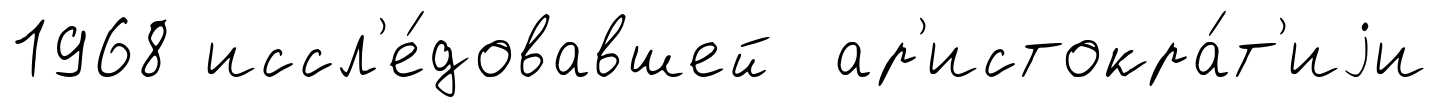
1968 иссл'е́довавшей ар'истокра́т'иjи